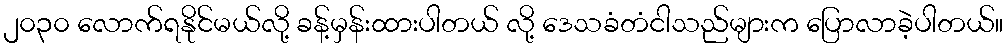
၂၀၃၀ လောက်ရနိုင်မယ်လို့ ခန့်မှန်းထားပါတယ် လို့ ဒေသခံတံငါသည်များက ပြောလာခဲ့ပါတယ်။